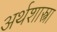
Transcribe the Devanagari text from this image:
अर्थशास्त्रा